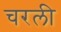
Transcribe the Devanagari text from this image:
चरली